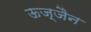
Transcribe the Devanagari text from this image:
ऊज्जैन